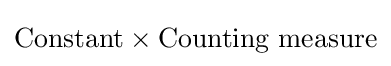
{\text{Constant}}\times {\text{Counting measure}}